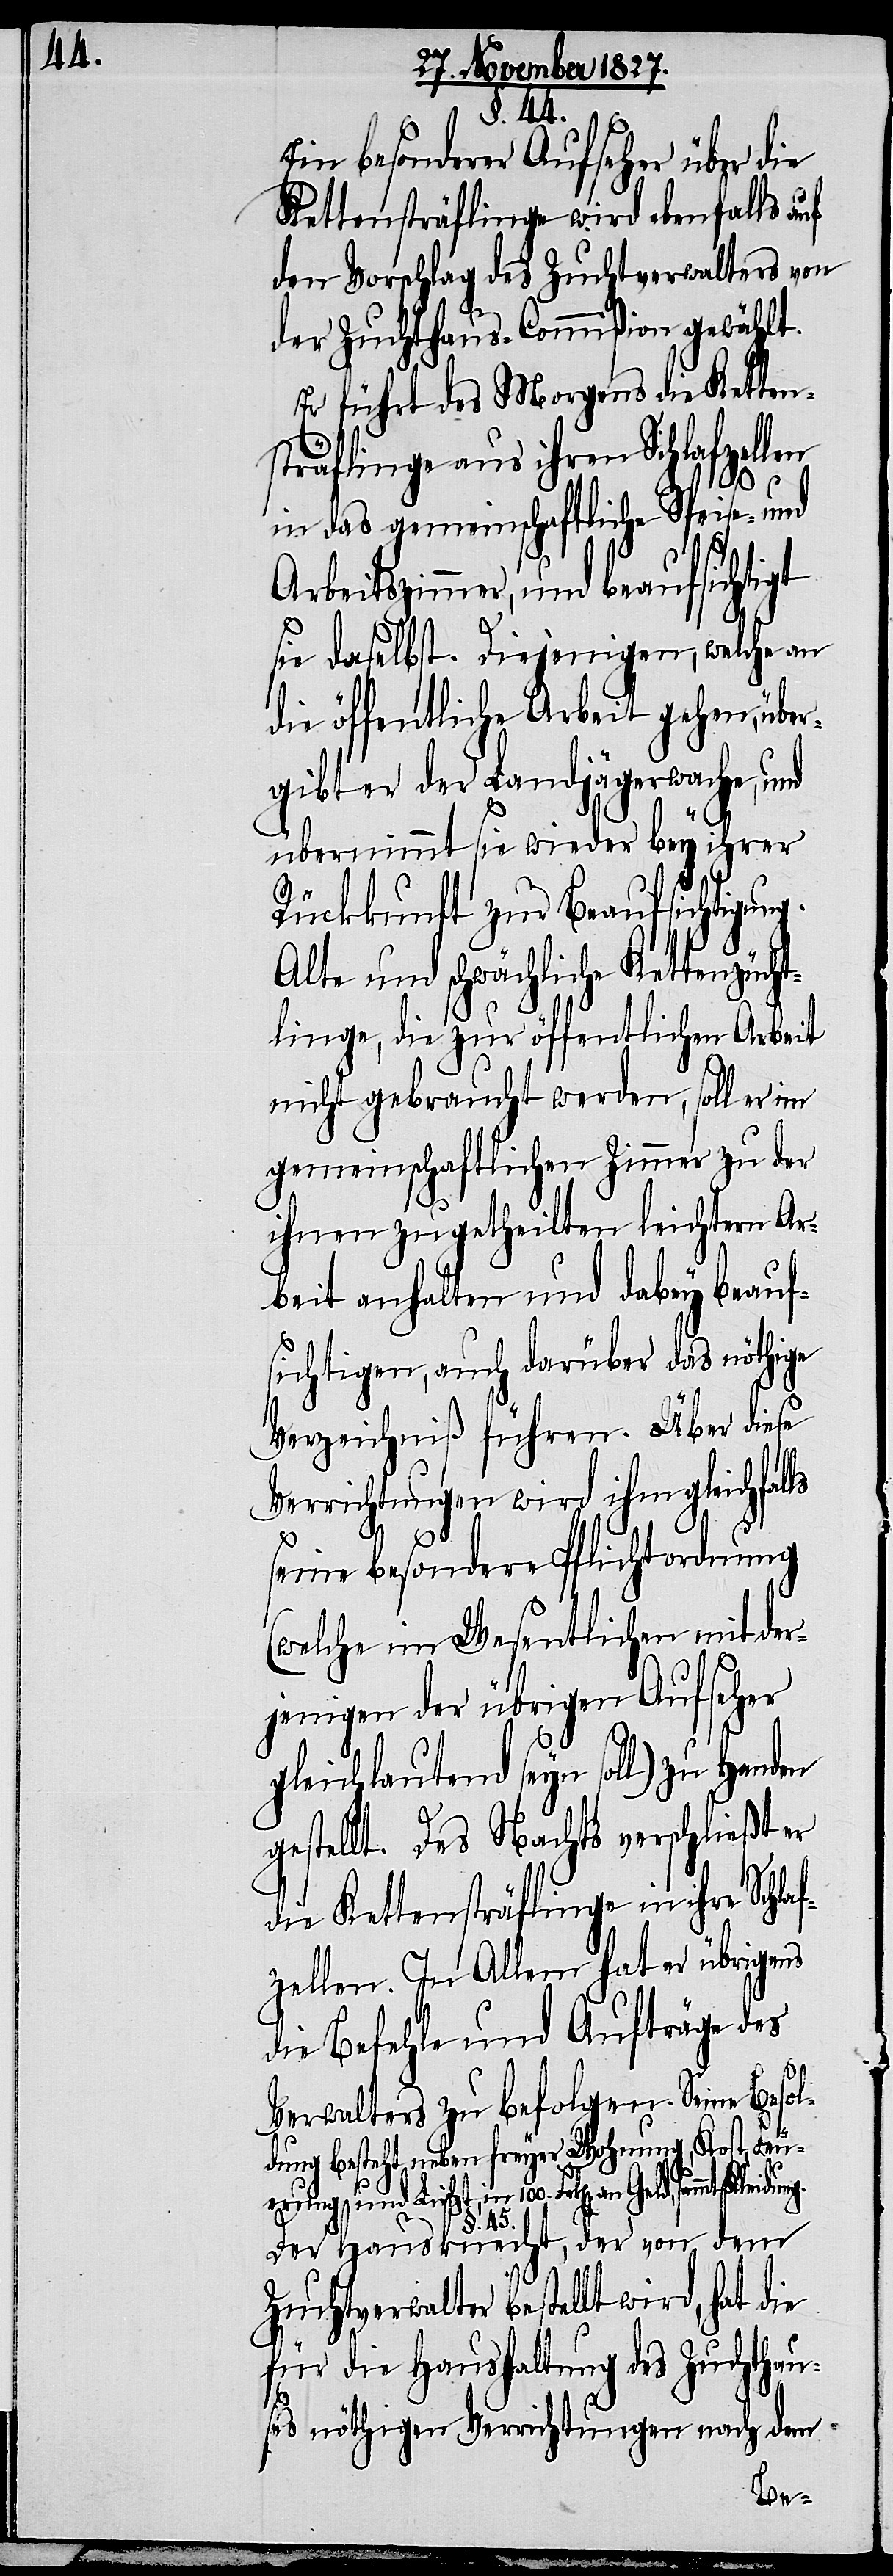
§. 44.
Ein besonderer Aufseher über die
Kettensträflinge wird ebenfalls auf
den Vorschlag des Zuchtverwalters von
der Zuchthaus-Commißion gewählt.
Er führt des Morgens die Ketten¬
sträflinge aus ihren Schlafzellen
in das gemeinschaftliche Speise- und
Arbeitszimmer, und beaufsichtigt
sie daselbst. Diejenigen, welche an
die öffentliche Arbeit gehen, über¬
gibt er der Landjägerwache, und
übernimmt sie wieder bey ihrer
Rückkunft zur Beaufsichtigung.
Alte und schwächliche Kettenzücht¬
linge, die zur öffentlichen Arbeit
nicht gebraucht werden, soll er im
gemeinschaftlichen Zimmer zu der
ihnen zugetheilten leichten Ar¬
beit anhalten und dabey beauf¬
sichtigen, auch darüber das nöthige
Verzeichniß führen. Über diese
Verrichtungen wird ihm gleichfal¬
ls
seine besondere Pflichtordnung
(welche im Wesentlichen mit der¬
jenigen der übrigen Aufseher
gleichlauten seyn soll) zu Handen
gestellt. Des Nachts verschließt er
die Kettensträflinge in ihre Schla¬
fzellen. In Allem hat er übrigens
die Befehle und Aufträge des
Verwalters zu befolgen. Seine Besol¬
dung besteht, neben freyer Wohnung, Kost, Feu¬
erung und Licht, in 100. Frk[en]. an
Der Hausknecht, der von dem
Zuchtverwalter bestellt wird, hat die
für die Haushaltung des Zuchthau¬
ses nöthigen Verrichtungen nach dem